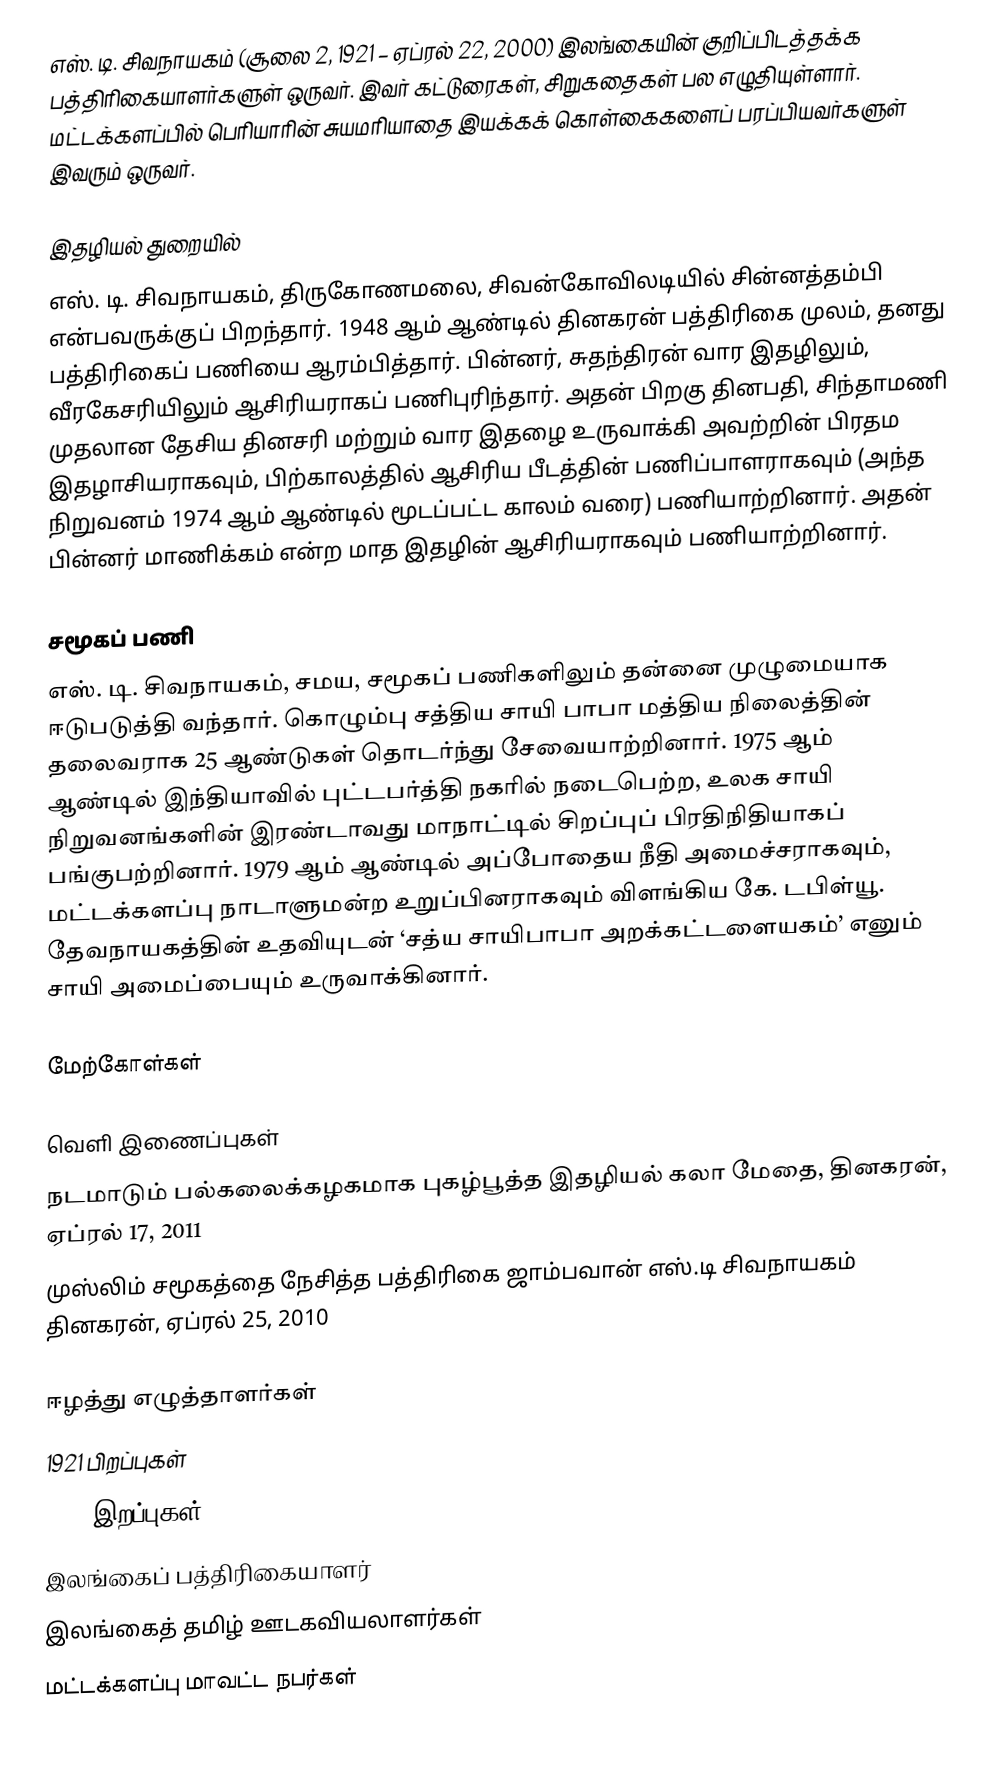
எஸ். டி. சிவநாயகம் (சூலை 2, 1921 – ஏப்ரல் 22, 2000) இலங்கையின் குறிப்பிடத்தக்க பத்திரிகையாளர்களுள் ஒருவர். இவர் கட்டுரைகள், சிறுகதைகள் பல எழுதியுள்ளார். மட்டக்களப்பில் பெரியாரின் சுயமரியாதை இயக்கக் கொள்கைகளைப் பரப்பியவர்களுள் இவரும் ஒருவர்.

இதழியல் துறையில்
எஸ். டி. சிவநாயகம், திருகோணமலை, சிவன்கோவிலடியில் சின்னத்தம்பி என்பவருக்குப் பிறந்தார். 1948 ஆம் ஆண்டில் தினகரன் பத்திரிகை முலம், தனது பத்திரிகைப் பணியை ஆரம்பித்தார். பின்னர், சுதந்திரன் வார இதழிலும், வீரகேசரியிலும் ஆசிரியராகப் பணிபுரிந்தார். அதன் பிறகு தினபதி, சிந்தாமணி முதலான தேசிய தினசரி மற்றும் வார இதழை உருவாக்கி அவற்றின் பிரதம இதழாசியராகவும், பிற்காலத்தில் ஆசிரிய பீடத்தின் பணிப்பாளராகவும் (அந்த நிறுவனம் 1974 ஆம் ஆண்டில் மூடப்பட்ட காலம் வரை) பணியாற்றினார். அதன் பின்னர் மாணிக்கம் என்ற மாத இதழின் ஆசிரியராகவும் பணியாற்றினார்.

சமூகப் பணி
எஸ். டி. சிவநாயகம், சமய, சமூகப் பணிகளிலும் தன்னை முழுமையாக ஈடுபடுத்தி வந்தார். கொழும்பு சத்திய சாயி பாபா மத்திய நிலைத்தின் தலைவராக 25 ஆண்டுகள் தொடர்ந்து சேவையாற்றினார். 1975 ஆம் ஆண்டில் இந்தியாவில் புட்டபர்த்தி நகரில் நடைபெற்ற, உலக சாயி நிறுவனங்களின் இரண்டாவது மாநாட்டில் சிறப்புப் பிரதிநிதியாகப் பங்குபற்றினார். 1979 ஆம் ஆண்டில் அப்போதைய நீதி அமைச்சராகவும், மட்டக்களப்பு நாடாளுமன்ற உறுப்பினராகவும் விளங்கிய கே. டபிள்யூ. தேவநாயகத்தின் உதவியுடன் ‘சத்ய சாயிபாபா அறக்கட்டளையகம்’ எனும் சாயி அமைப்பையும் உருவாக்கினார்.

மேற்கோள்கள்

வெளி இணைப்புகள்
 நடமாடும் பல்கலைக்கழகமாக புகழ்பூத்த இதழியல் கலா மேதை, தினகரன், ஏப்ரல் 17, 2011
 முஸ்லிம் சமூகத்தை நேசித்த பத்திரிகை ஜாம்பவான் எஸ்.டி சிவநாயகம் தினகரன், ஏப்ரல் 25, 2010

ஈழத்து எழுத்தாளர்கள்
1921 பிறப்புகள்
2000 இறப்புகள்
இலங்கைப் பத்திரிகையாளர்
இலங்கைத் தமிழ் ஊடகவியலாளர்கள்
மட்டக்களப்பு மாவட்ட நபர்கள்